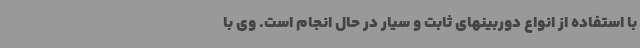
با استفاده از انواع دوربینهای ثابت و سیار در حال انجام است. وی با